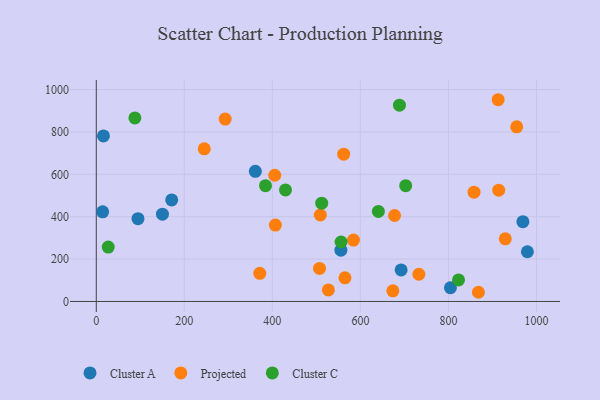
{"axis": {"x": "Distance", "y": "Sales"}, "legend": ["Cluster A", "Cluster C", "Projected"], "data": [{"x": "171.3", "y": 479.0, "type": "Cluster A"}, {"x": "16.3", "y": 781.4, "type": "Cluster A"}, {"x": "979.3", "y": 234.7, "type": "Cluster A"}, {"x": "804.5", "y": 64.7, "type": "Cluster A"}, {"x": "150.3", "y": 412.0, "type": "Cluster A"}, {"x": "14.4", "y": 423.1, "type": "Cluster A"}, {"x": "555.7", "y": 242.0, "type": "Cluster A"}, {"x": "692.5", "y": 149.0, "type": "Cluster A"}, {"x": "361.3", "y": 614.0, "type": "Cluster A"}, {"x": "94.7", "y": 390.7, "type": "Cluster A"}, {"x": "969.1", "y": 376.7, "type": "Cluster A"}, {"x": "584.3", "y": 289.8, "type": "Projected"}, {"x": "405.4", "y": 595.7, "type": "Projected"}, {"x": "527.3", "y": 54.6, "type": "Projected"}, {"x": "912.9", "y": 952.1, "type": "Projected"}, {"x": "868.1", "y": 43.4, "type": "Projected"}, {"x": "673.7", "y": 50.2, "type": "Projected"}, {"x": "564.9", "y": 111.4, "type": "Projected"}, {"x": "371.4", "y": 132.8, "type": "Projected"}, {"x": "732.8", "y": 128.5, "type": "Projected"}, {"x": "292.8", "y": 860.8, "type": "Projected"}, {"x": "914.2", "y": 525.4, "type": "Projected"}, {"x": "929.1", "y": 295.6, "type": "Projected"}, {"x": "562.0", "y": 695.3, "type": "Projected"}, {"x": "245.3", "y": 720.5, "type": "Projected"}, {"x": "508.9", "y": 408.2, "type": "Projected"}, {"x": "406.8", "y": 360.6, "type": "Projected"}, {"x": "955.1", "y": 824.3, "type": "Projected"}, {"x": "507.1", "y": 156.0, "type": "Projected"}, {"x": "858.1", "y": 515.8, "type": "Projected"}, {"x": "677.6", "y": 405.8, "type": "Projected"}, {"x": "822.9", "y": 101.6, "type": "Cluster C"}, {"x": "640.8", "y": 424.8, "type": "Cluster C"}, {"x": "87.7", "y": 866.2, "type": "Cluster C"}, {"x": "27.1", "y": 256.8, "type": "Cluster C"}, {"x": "512.1", "y": 464.0, "type": "Cluster C"}, {"x": "702.9", "y": 546.5, "type": "Cluster C"}, {"x": "384.4", "y": 546.6, "type": "Cluster C"}, {"x": "429.8", "y": 526.3, "type": "Cluster C"}, {"x": "688.7", "y": 926.3, "type": "Cluster C"}, {"x": "556.1", "y": 280.7, "type": "Cluster C"}]}